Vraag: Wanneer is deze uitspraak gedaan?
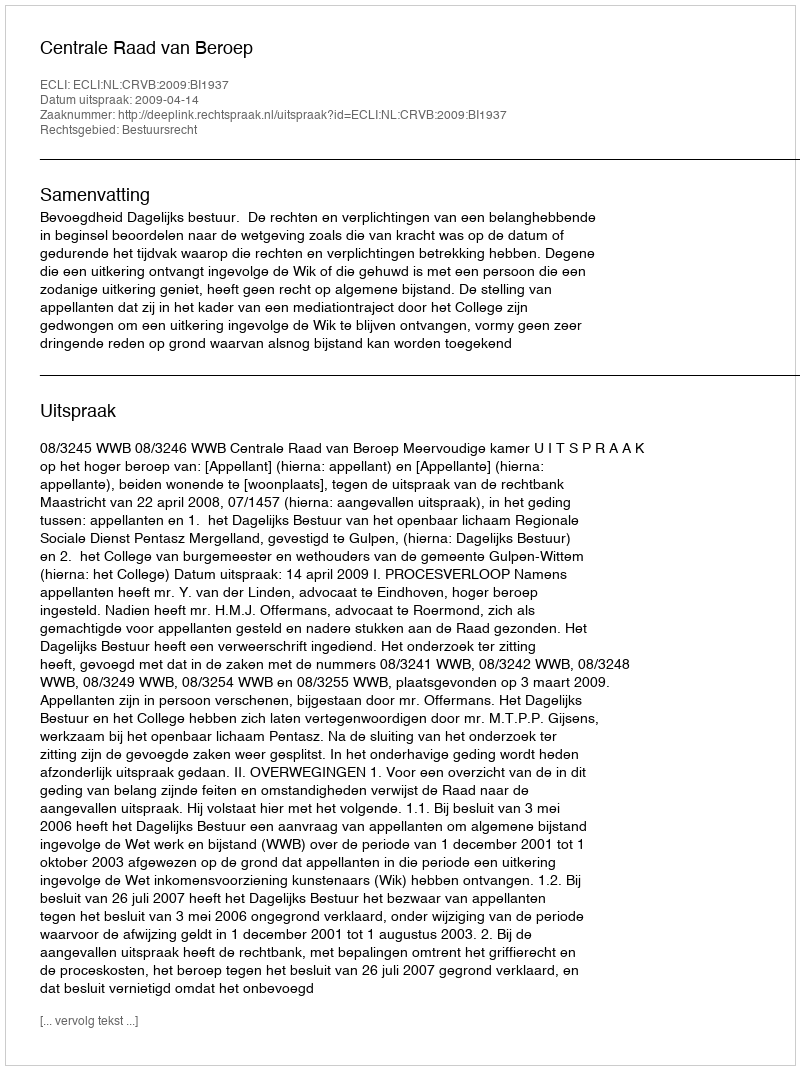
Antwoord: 2009-04-14